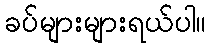
ခပ်များများရယ်ပါ။